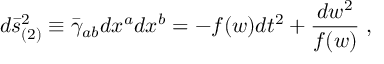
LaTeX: d \bar { s } _ { ( 2 ) } ^ { 2 } \equiv \bar { \gamma } _ { a b } d x ^ { a } d x ^ { b } = - f ( w ) d t ^ { 2 } + \frac { d w ^ { 2 } } { f ( w ) } \; ,